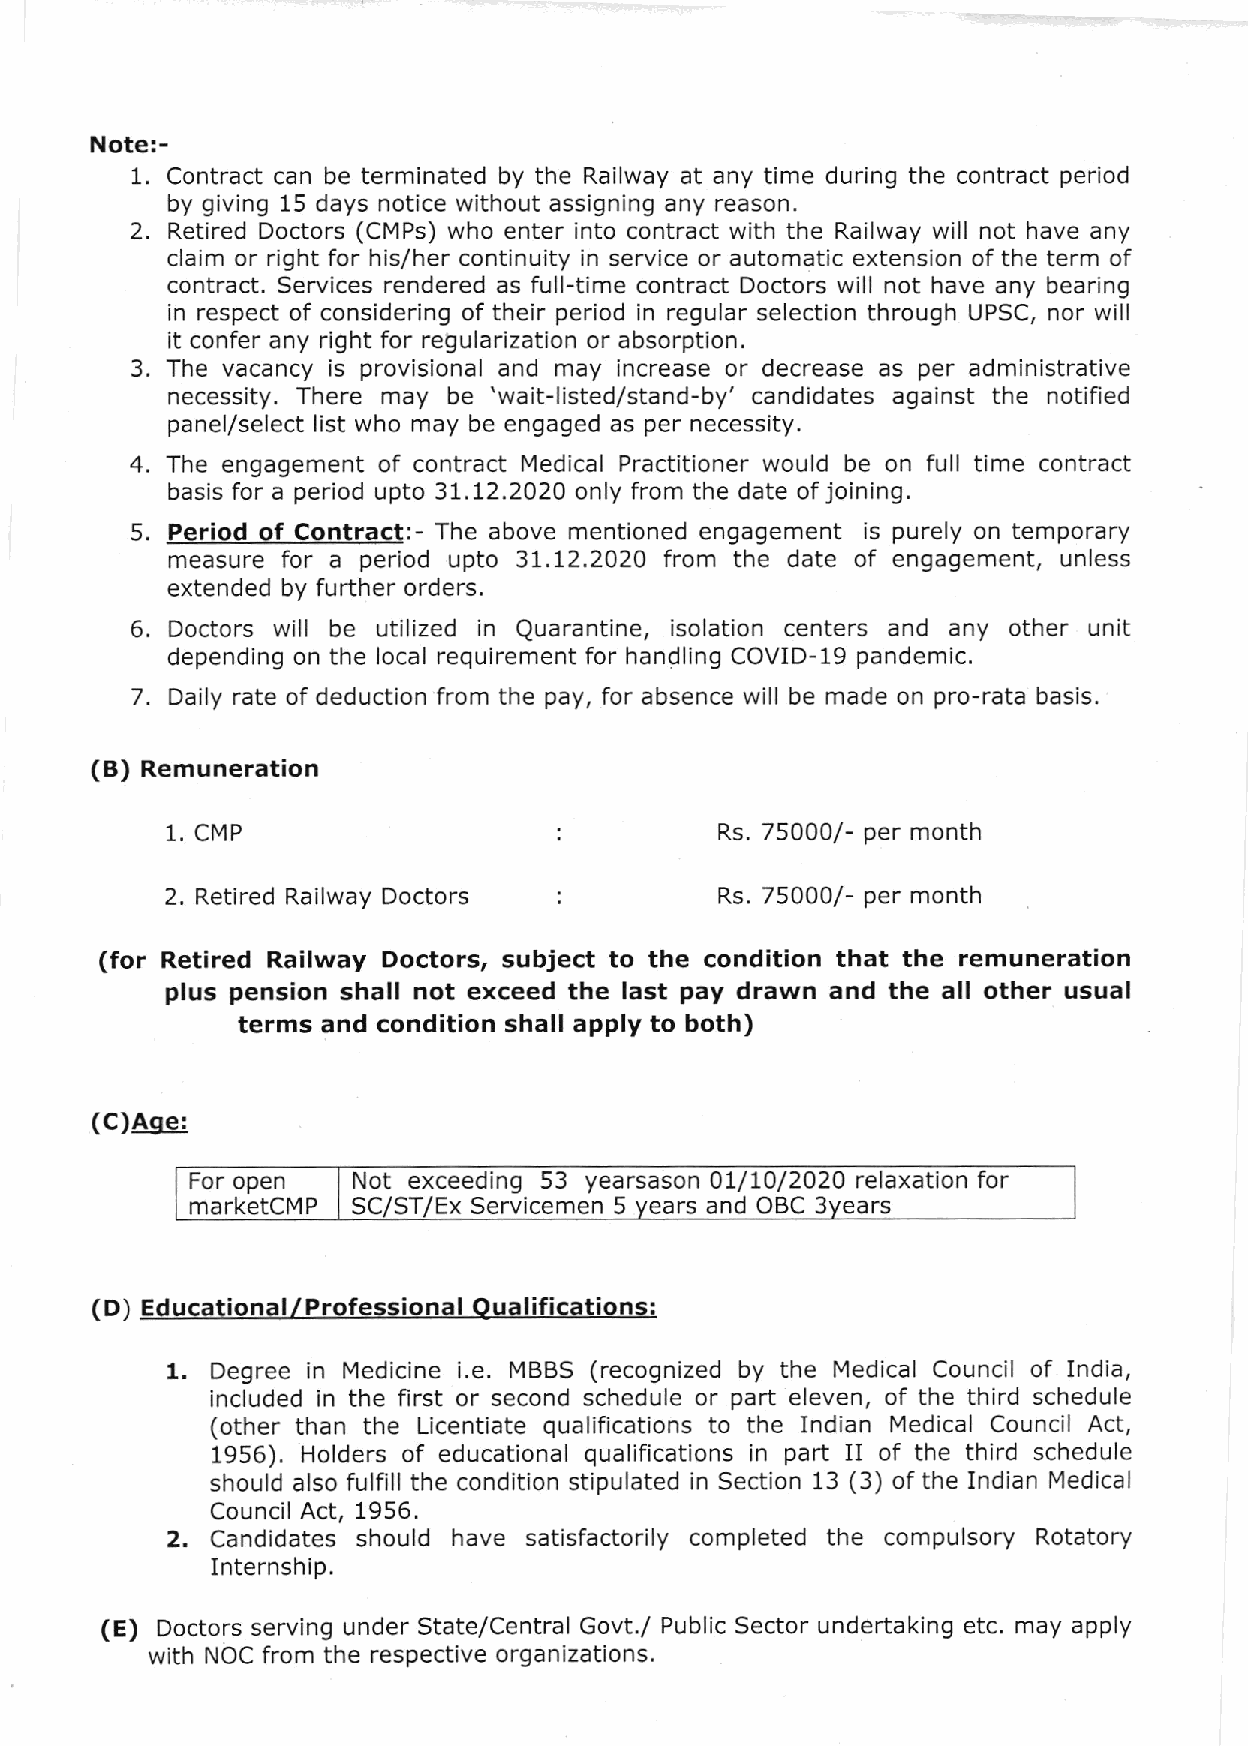
Noter-
 1. Contract can be terminated by the Railway at any time during the contract period
 by giving 15 days notice without assigning any reason.
 2. Retired Doctors (CMPs) who enter into contract with the Railway will not have any
 claim or rlght for his/her continuity in service or automatic extension of the term of
 contract. Services rendered as full-time contract Doctors wlll not have any bearing
 in respect of considering of thelr period in regular selection through UPSC, nor will
 it confer any right for regularization or absorption.
 3. The vacancy is provisional and may increase or decrease as per administrative
 necessity. There may be 'wa it- listed/stand- by' candidates against the notified
 panel/select list who may be engaged as per necessity.
 4. The engagement of contract Medical Practitioner would be on full time contract
 basis for a period upto 31.12.2020 only from the date of joining.
 5. Period of Contract:- The above mentioned engagement is purely on temporary
 measure for a period upto 31.12.2020 from the date of engagement, unless
 extended by further orders.
 6. Doctors will be utilized in Quarantine, isolation centers and any other unit
 depending on the local requirement for handling COVID-19 pandemic.
 7. Daily rate of deduction from the pay, for absence will be made on pro-rata basis.
 (B) Remuneration
 1. CMP                               Rs. 75000/- per month
 2. Retired Railway Doctors           Rs. 75000/- per month
 (for Retired Railway Doctors, subject to the condition that the remuneration
 plus pension shall not exceed the last pay drawn and the all other usual
 terms and condition shall apply to both)
 (C)Aoe:
 For open  Not exceeding 53 yearsason 07/1,0/2020 relaxation for
 marketcMP SC/ST/Ex Servicemen 5 years and OBC 3years
 (D) Ed ucational/ Professional Oualif ications:
 1. Degree in Medicine i.e. MBBS (recognized by the Medical Council of India,
 included in the first or second schedule or part eleven, of the third schedule
 (other than the Licentiate qualifications to the Indian Medical Council Act,
 1956). Holders of educational qualifications in part II of the third schedule
 should also fulfill the condition stipulated in Section 13 (3) of the Indian Medical
 Cou ncil Act, 1956.
 2. Candidates should have satisfactorily completed the compulsory Rotatory
 Internship.
 (E) Doctors serving under State/Central Govt./ Public Sector undertaking etc. may apply
 with NOC from the respective organizations.